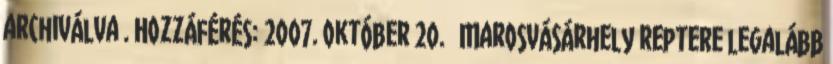
archiválva . Hozzáférés: 2007. október 20. ↑ Marosvásárhely reptere legalább